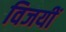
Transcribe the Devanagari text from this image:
विजयीं